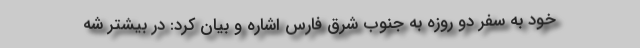
خود به سفر دو روزه به جنوب شرق فارس اشاره و بیان کرد: در بیشتر شه